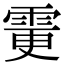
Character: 𩂼